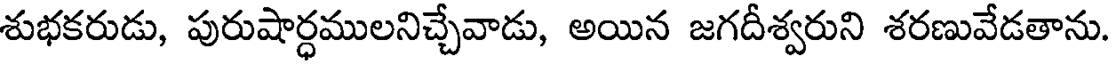
శుభకరుడు, పురుషార్ధములనిచ్చేవాడు, అయిన జగదీశ్వరుని శరణువేడతాను.